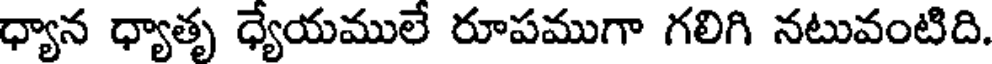
ధ్యాన ధ్యాతృ ధ్యేయములే రూపముగా గలిగి నటువంటిది.